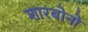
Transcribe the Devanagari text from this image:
शारबोनो